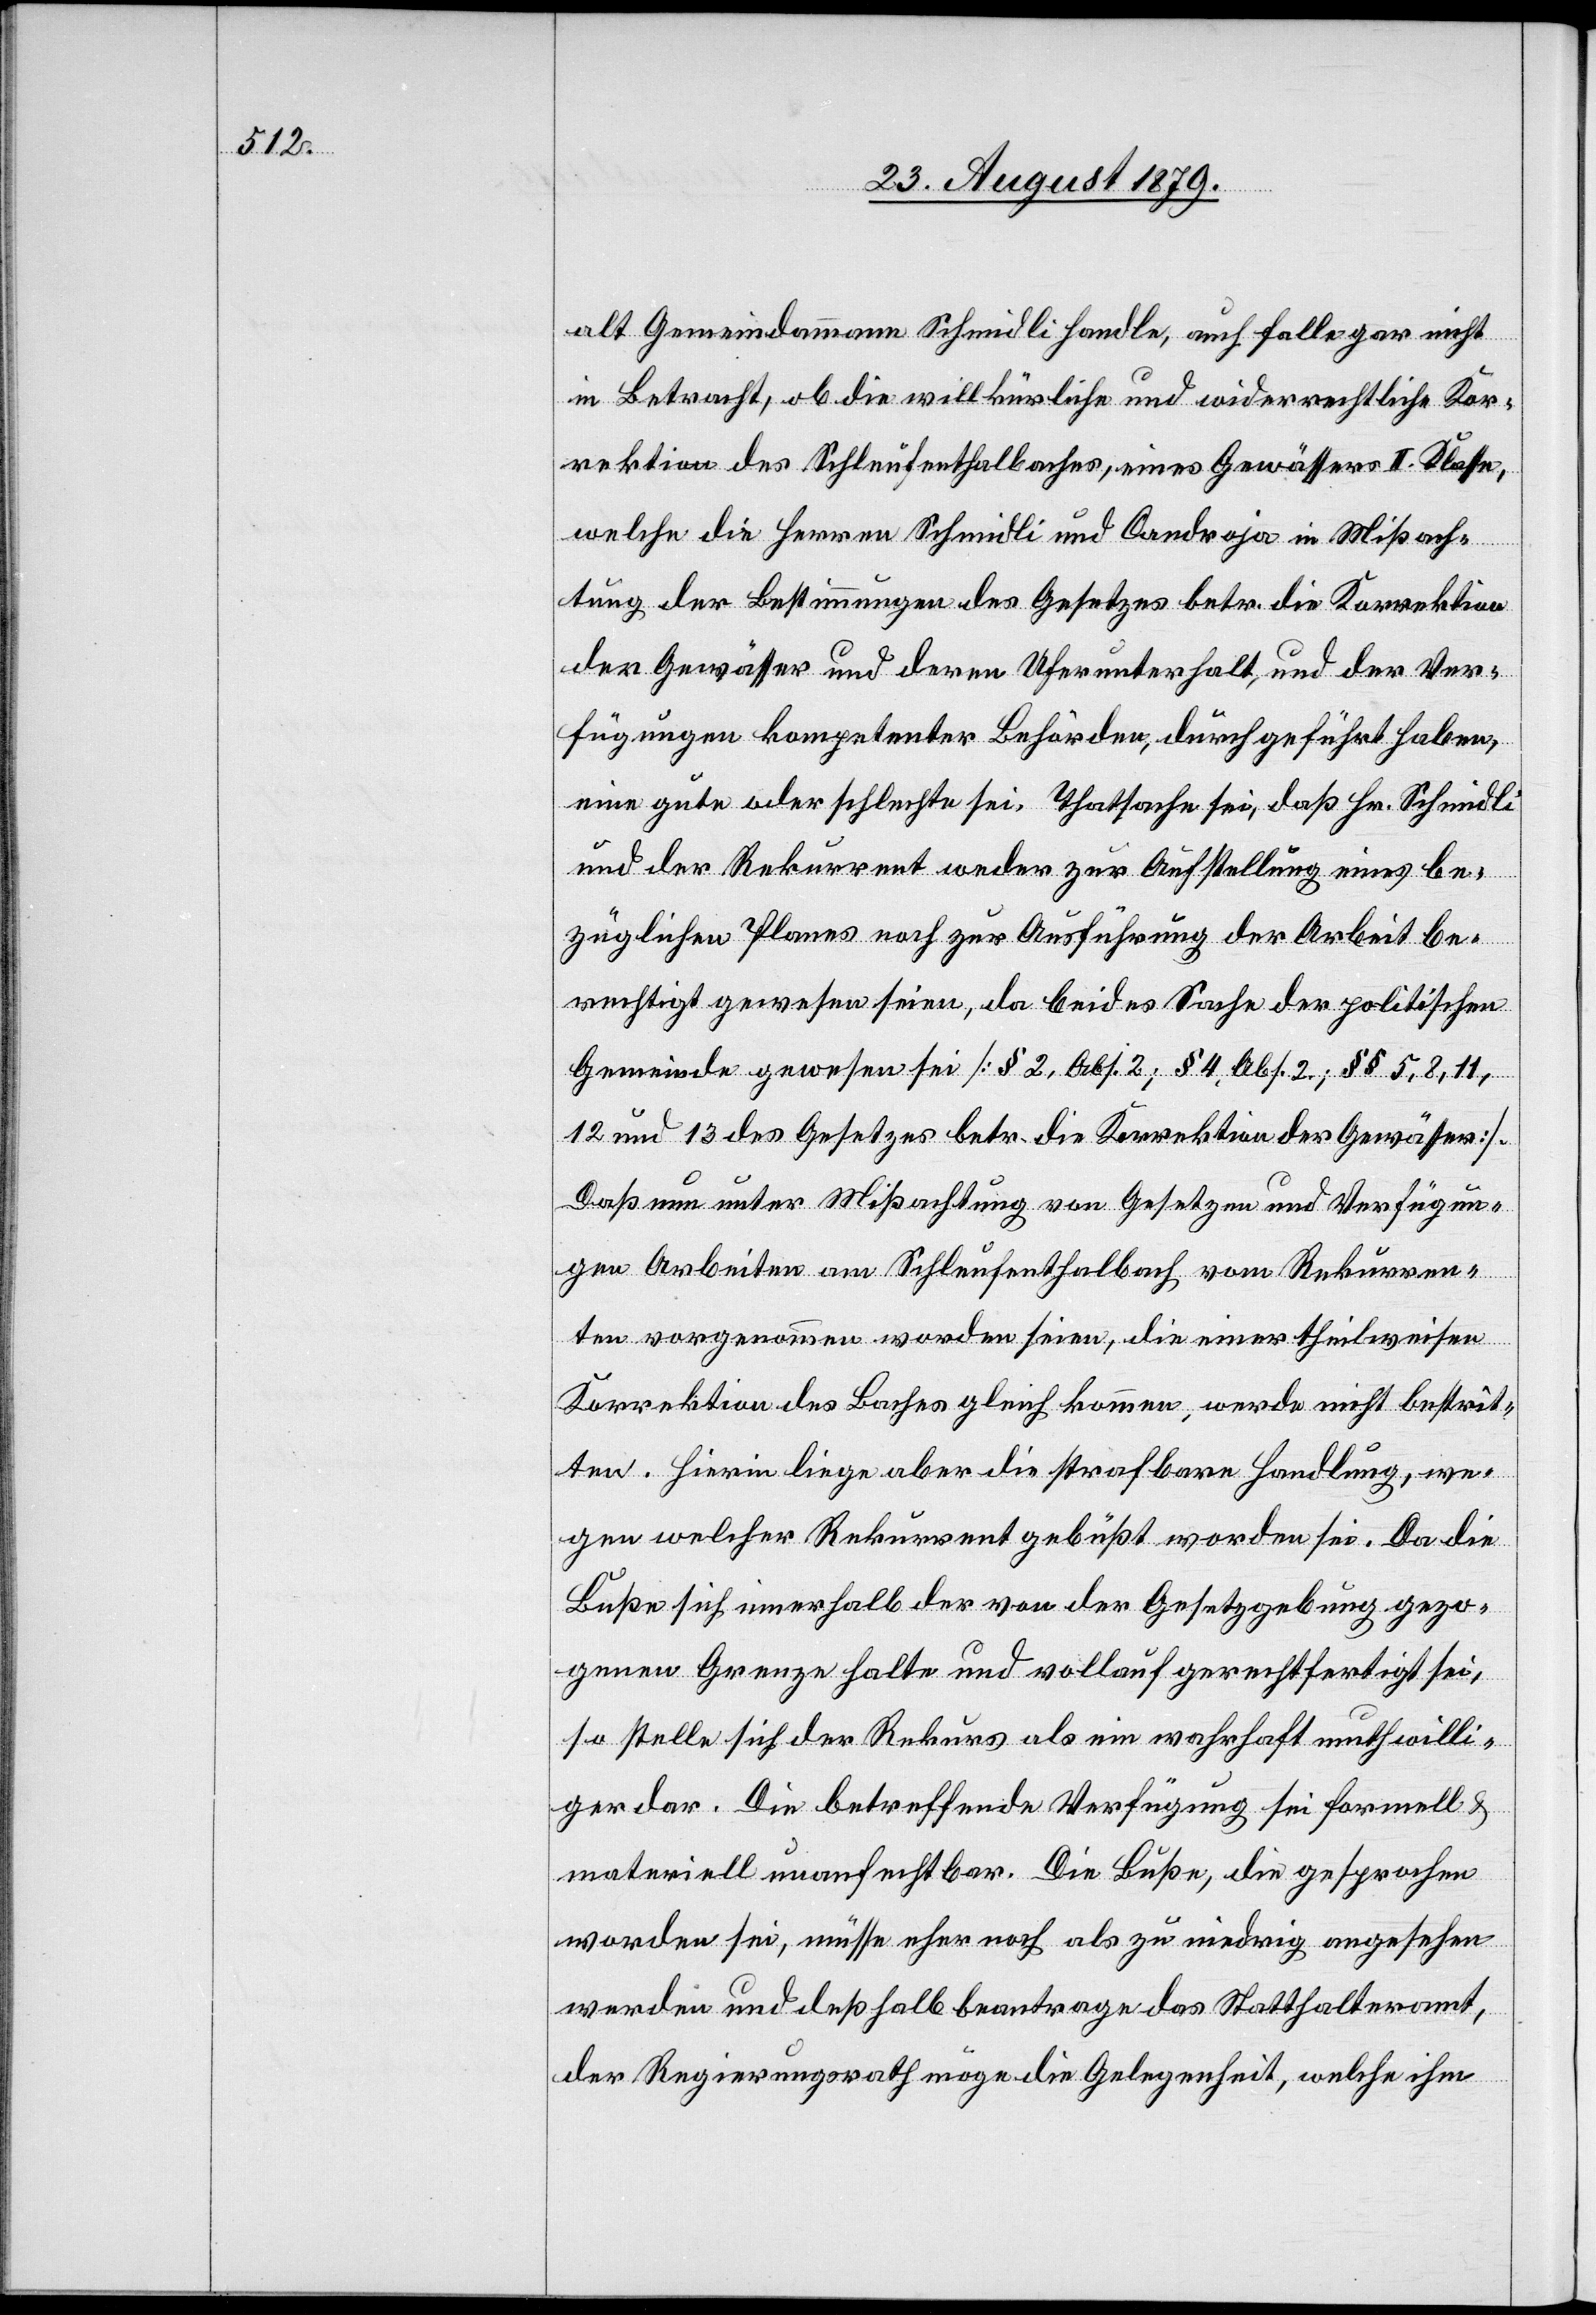
alt Gemeindammann Schmidli handle, auch falle gar nicht
in Betracht, ob die willkürliche und widerrechtliche Kor¬
rektion des Schleufenthalbaches, eines Gewässers II. Klasse,
welche die Herren Schmidli und Candroja in Mißach¬
tung der Bestimmungen des Gesetzes betr. die Korrektion
der Gewässer und deren Uferunterhalt, und der Ver¬
fügungen kompetenter Behörden, durchgeführt haben,
eine gute oder schlechte sei. Thatsache sei, daß Hr. Schmidli
und der Rekurrent weder zur Aufstellung eines be¬
züglichen Planes noch zur Ausführung der Arbeit be¬
rechtigt gewesen seien, da beides Sache der politischen
Gemeinde gewesen sei [§ 2, Abs. 2; § 4, Abs. 2; § 5, 8, 11,
12 und 13 des Gesetzes betr. die Korrektion der Gewässer].
Daß nun unter Missachtung von Gesetzen und Verfügun¬
gen Arbeiten am Schleufenthalbach vom Rekurren¬
ten vorgenommen worden seien, die einer theilweisen
Korrektion des Baches gleichkommen, werde nicht bestrit¬
ten. Hierin liege aber die strafbare Handlung, we¬
gen welcher Rekurrent gebüßt worden sei. Da die
Buße sich innerhalb der von der Gesetzgebung gezo¬
genen Grenze halte und vollauf gerechtfertigt sei,
so stelle sich der Rekurs als ein wahrhaft muthwilli¬
ger dar. Die betreffende Verfügung sei formell &
materiell unanfechtbar. Die Buße, die gesprochen
worden sei, müsse eher noch als zu niedrig angesehen
werden und deßhalb beantrage das Statthalteramt,
der Regierungsrath möge die Gelegenheit, welche ihm